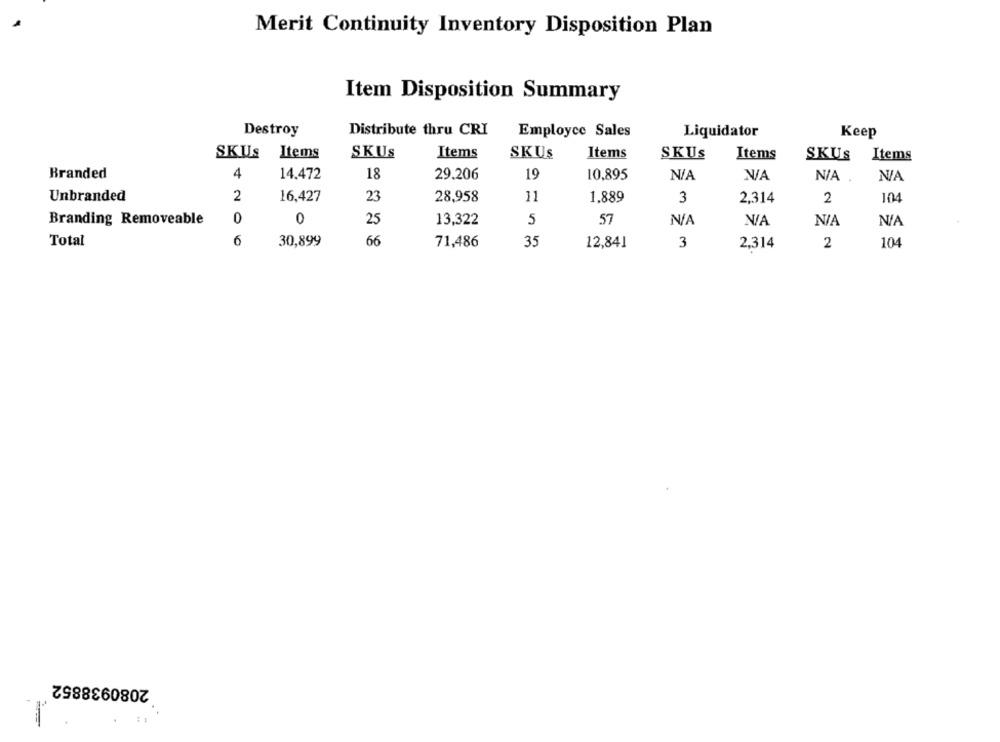
Merit Continuity Inventory Disposition Plan
Item Disposition Summary
Destroy
Distribute thru CRI
Employce Sales
Liquidator
Keep
SKUS
Items
SKUS
Items
SKUS
Items
SKUS
Items
SKUS
Items
Branded
4
14.472
18
29,206
19
10.895
WA
N/A .
Unbranded
2
16,427
23
28,958
11
1,889
3
2,314
2
104
Branding Removeable
0
0
25
13,322
5
57
Total
6
30,899
66
71,486
35
12,841
3
2,314
2
104
2080938852